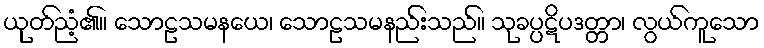
ယုတ်ညံ့၏။ သောဠသမနယေ၊ သောဠသမနည်းသည်။ သုခပ္ပဋိပဒတ္တာ၊ လွယ်ကူသော